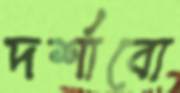
দর্শাবো